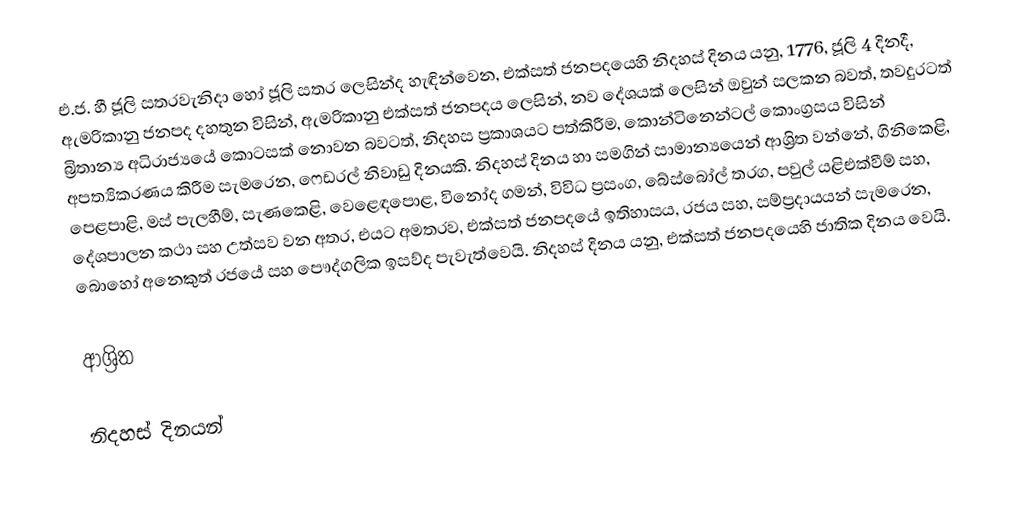
එ.ජ. හී ජූලි සතරවැනිදා  හෝ  ජූලි සතර ලෙසින්ද හැඳින්වෙන, එක්සත් ජනපදයෙහි නිදහස් දිනය යනු, 1776, ජූලි 4 දිනදී, ඇමරිකානු ජනපද දහතුන විසින්, ඇමරිකානු එක්සත් ජනපදය ලෙසින්,   නව දේශයක් ලෙසින් ඔවුන් සලකන බවත්, තවදුරටත් බ්‍රිතාන්‍ය අධිරාජ්‍යයේ කොටසක් නොවන බවටත්,  නිදහස ප්‍රකාශයට පත්කිරීම,   කොන්ටිනෙන්ටල් කොංග්‍රසය විසින්  අපත්‍යිකරණය කිරීම සැමරෙන,   ෆෙඩරල් නිවාඩු දිනයකි.  නිදහස් දිනය හා සමගින් සාමාන්‍යයෙන් ආශ්‍රිත වන්නේ,  ගිනිකෙළි, පෙළපාළි, මස් පැලහීම්, සැණකෙළි,  වෙළෙඳපොළ, විනෝද ගමන්, විවිධ ප්‍රසංග, බේස්බෝල් තරග, පවුල් යළිඑක්වීම් සහ,  දේශපාලන කථා සහ උත්සව වන අතර, එයට අමතරව, එක්සත් ජනපදයේ ඉතිහාසය, රජය සහ, සම්ප්‍රදායයන් සැමරෙන,  බොහෝ අනෙකුත් රජයේ සහ පෞද්ගලික ඉසව්ද පැවැත්වෙයි. නිදහස් දිනය යනු, එක්සත් ජනපදයෙහි ජාතික දිනය වෙයි.

ආශ්‍රිත

නිදහස් දිනයන්